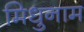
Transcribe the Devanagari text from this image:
मिधुनाम